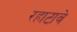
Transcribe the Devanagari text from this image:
रहाटावे